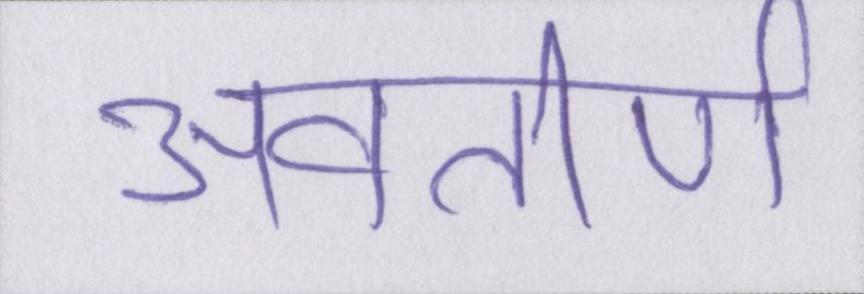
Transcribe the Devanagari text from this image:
अवतीर्ण